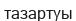
тазартуы